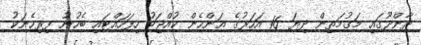
ދާންދޫގައި މަގުމަތިން ދިޔަ 16 އަހަރުގެ އަންހެން ކުއްޖަކު ހިފަހައްޓައި ބެހުނު ފިރިހެނަކު